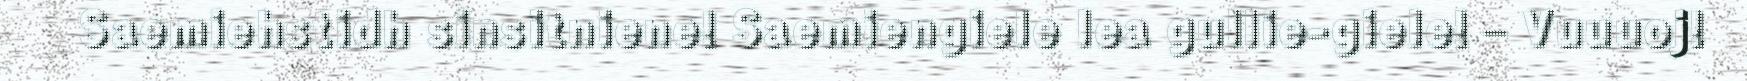
Saemiehstidh sinsitniene! Saemiengiele lea gullie-giele! – Vuuuoj!